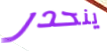
ينحدر